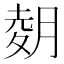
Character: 𫆢